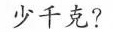
少千克?